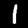
Label: 1